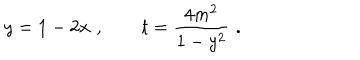
LaTeX: y = 1 - 2 x \, \, , \qquad t = \frac { 4 m ^ { 2 } } { 1 - y ^ { 2 } } \, \, .